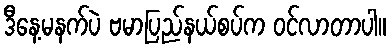
ဒီနေ့မနက်ပဲ ဗမာပြည်နယ်စပ်က ဝင်လာတာပါ။